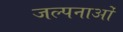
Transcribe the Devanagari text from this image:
जल्पनाओं